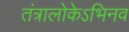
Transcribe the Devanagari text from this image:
तंत्रालोकेऽभिनव